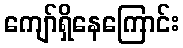
ကျော်ရှိနေကြောင်း